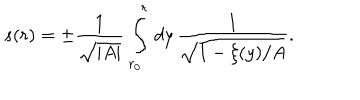
s ( r ) = \pm \frac { 1 } { \sqrt { \vert A \vert } } \, \int _ { r _ { 0 } } ^ { r } \, d y \, \frac { 1 } { \sqrt { 1 - \xi ( y ) / A } } .